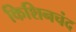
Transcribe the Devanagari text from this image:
किशिनचंद